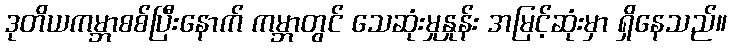
ဒုတိယကမ္ဘာစစ်ပြီးနောက် ကမ္ဘာတွင် သေဆုံးမှုနှုန်း အမြင့်ဆုံးမှာ ရှိနေသည်။